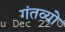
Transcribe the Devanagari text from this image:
गंतव्यो